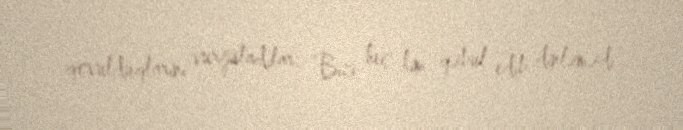
qovulduqlarını vurğuladılar: “Bizi heç kim qəbul edib dinləmədi”.